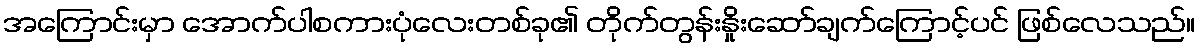
အကြောင်းမှာ အောက်ပါစကားပုံလေးတစ်ခု၏ တိုက်တွန်းနှိုးဆော်ချက်ကြောင့်ပင် ဖြစ်လေသည်။